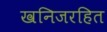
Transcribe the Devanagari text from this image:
खनिजरहित